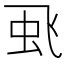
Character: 𮶻